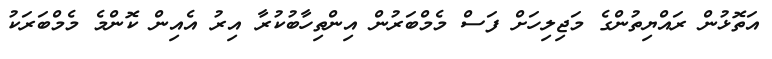
އަތޮޅުން ރައްޔިތުންގެ މަޖިލިހަށް ފަސް މެމްބަރުން އިންތިހާބުކުރާ އިރު އެއިން ކޮންމެ މެމްބަރަކު